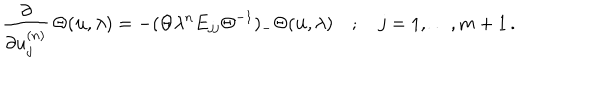
\frac { \partial } { \partial u _ { j } ^ { ( n ) } } \, \Theta ( { \bf u } , \lambda ) = - ( \Theta \lambda ^ { n } E _ { j j } { \Theta } ^ { - 1 } ) _ { - } \Theta ( { \bf u } , \lambda ) \quad ; \quad j = 1 , { \ldots } , m + 1 \, .